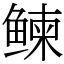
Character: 𬶠